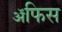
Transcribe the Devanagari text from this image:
ॲफिस